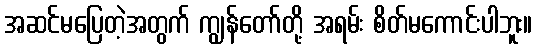
အဆင်မပြေတဲ့အတွက် ကျွန်တော်တို့ အရမ်း စိတ်မကောင်းပါဘူး။